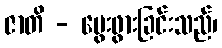
ဇာတိ - မွေးဖွားခြင်းသည်၊